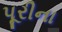
પૂરીના